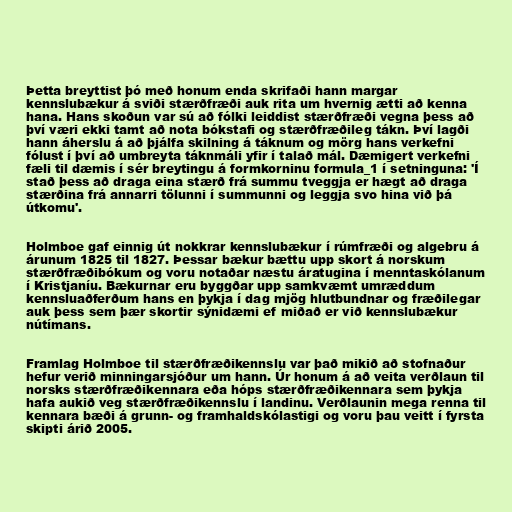
Þetta breyttist þó með honum enda skrifaði hann margar
kennslubækur á sviði stærðfræði auk rita um hvernig ætti að kenna
hana. Hans skoðun var sú að fólki leiddist stærðfræði vegna þess að
því væri ekki tamt að nota bókstafi og stærðfræðileg tákn. Því lagði
hann áherslu á að þjálfa skilning á táknum og mörg hans verkefni
fólust í því að umbreyta táknmáli yfir í talað mál. Dæmigert verkefni
fæli til dæmis í sér breytingu á formkorninu formula_1 í setninguna: 'Í
stað þess að draga eina stærð frá summu tveggja er hægt að draga
stærðina frá annarri tölunni í summunni og leggja svo hina við þá
útkomu'.

Holmboe gaf einnig út nokkrar kennslubækur í rúmfræði og algebru á
árunum 1825 til 1827. Þessar bækur bættu upp skort á norskum
stærðfræðibókum og voru notaðar næstu áratugina í menntaskólanum
í Kristjaníu. Bækurnar eru byggðar upp samkvæmt umræddum
kennsluaðferðum hans en þykja í dag mjög hlutbundnar og fræðilegar
auk þess sem þær skortir sýnidæmi ef miðað er við kennslubækur
nútímans.

Framlag Holmboe til stærðfræðikennslu var það mikið að stofnaður
hefur verið minningarsjóður um hann. Úr honum á að veita verðlaun til
norsks stærðfræðikennara eða hóps stærðfræðikennara sem þykja
hafa aukið veg stærðfræðikennslu í landinu. Verðlaunin mega renna til
kennara bæði á grunn- og framhaldskólastigi og voru þau veitt í fyrsta
skipti árið 2005.